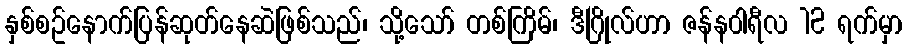
နှစ်စဥ်နောက်ပြန်ဆုတ်နေဆဲဖြစ်သည်၊ သို့သော် တစ်ကြိမ်၊ ဒီဂြိုလ်ဟာ ဇန်န၀ါရီလ 12 ရက်မှာ